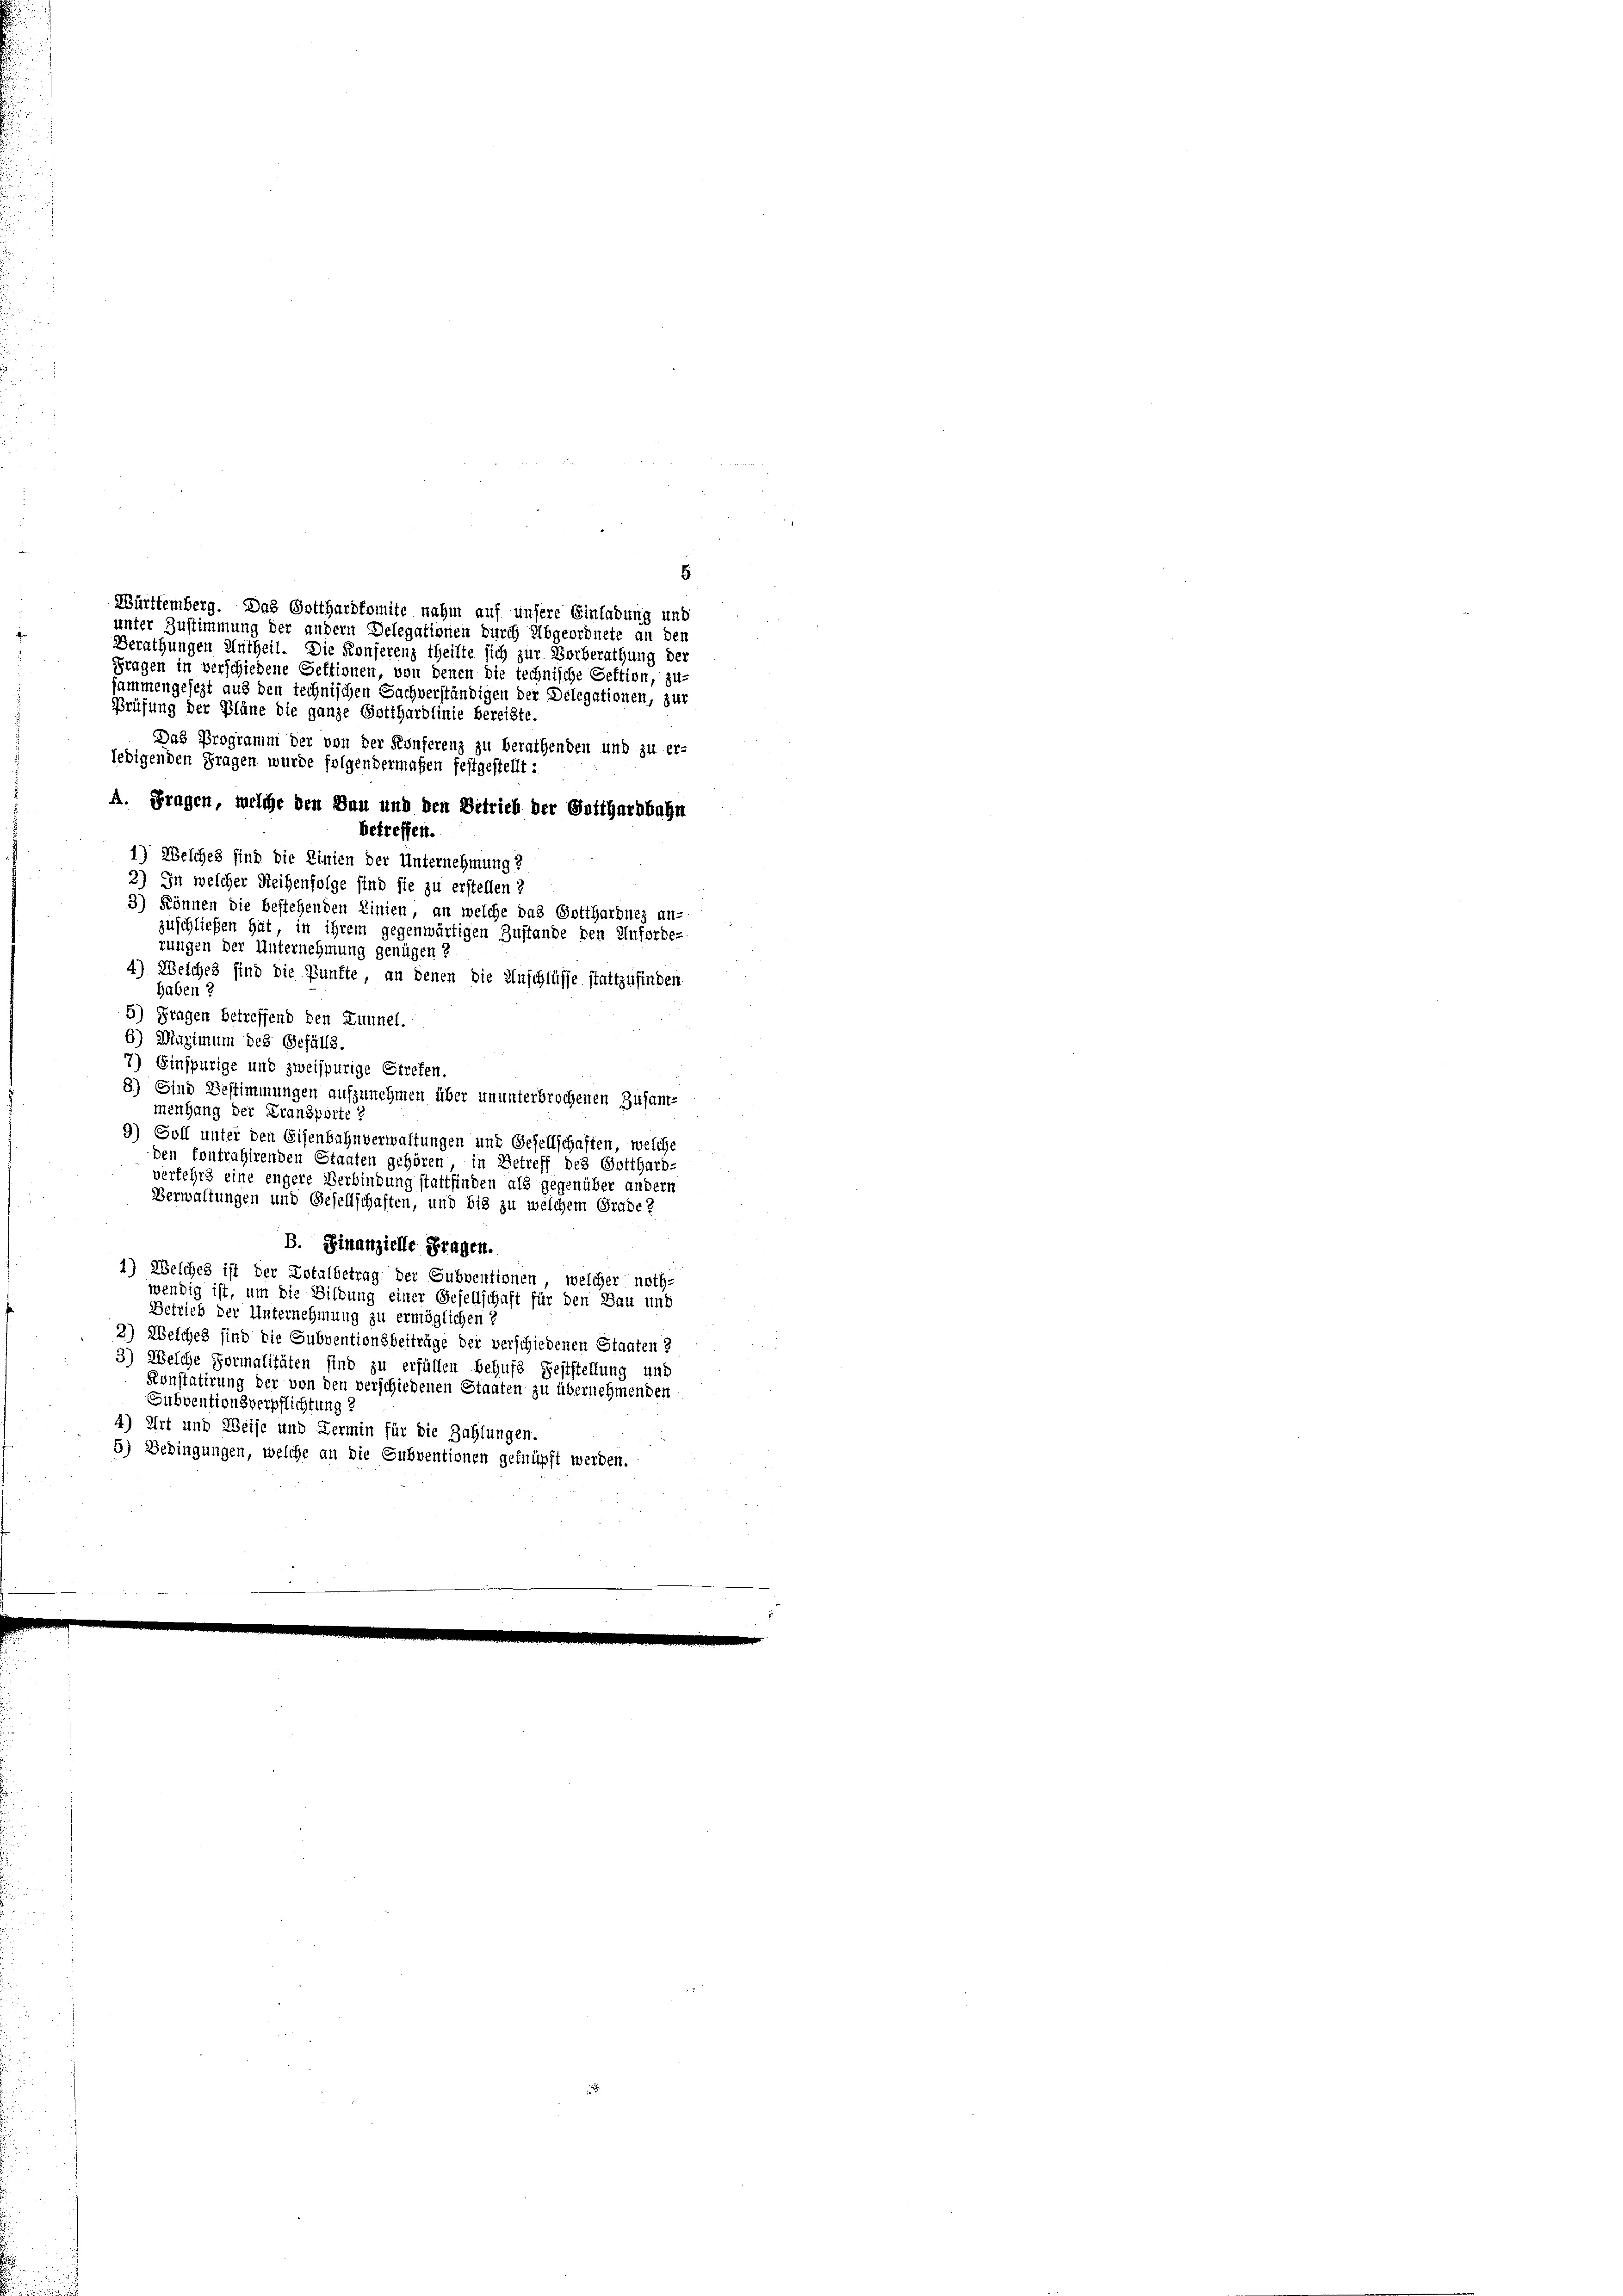
s
Berathungen Antheil. Die Konferenz theilte sich zur Vorberathung der
Fragen in verschiedene Sektionen, von denen die technische Sektion, zu-
sammengesezt aus den technischen Sachverständigen der Delegationen, zur
Prüfung der Pläne die ganze Gotthardlinie bereiste.
Das Programm der von der Konferenz zu berathenden und zu er-
ledigenden Fragen wurde folgendermaßen festgestellt:
A. Fragen, welche den Bau und den Betrieb der Gotthardbahn
betreffen.
3) können die bestehenden Linien, an welche das Gotthardnez an-
zuschließen hat, in ihrem gegenwärtigen Zustande den Anforde-
rungen der Unternehmung genügen ?
4) Welches sind die Künfte, an denen die Anschlüsse stattzufinden
haben 2
5) Fragen betreffend den Lunnel.
6) Maximum des Gefälls.
7) Einspurige und zweispurige Streten.
8) Sind Bestimmungen aufzunehmen über ununterbrochenen Zusam-
menhang der Fransporte?
9) Soll unter den Eisenbahnverwaltungen und Gesellschaften, welche
den fontrahirenden Staaten gehören, in Betreff des Gotthard-
verfehrs eine engere Verbindung stattfinden als gegenüber andern
Verwaltungen und Gesellschaften, und bis zu welchem Grade?
B. Finanzielle Fragen.
1) Welches ist der Totalbetrag der Subventionen, welcher noth-
wendig ist, um die Bildung einer Gesellschaft für den Bau und
Betrieb der Unternehmung zu ermöglichen ?
2) Welches sind die Subventionsbeiträge der verschiedenen Staaten?
3) Welche Formalitäten sind zu erfüllen behufs Feststellung und
Konstatirung der von den verschiedenen Staaten zu übernehmenden
Subventionsverpflichtung?
4) Art und Weise und Termin für die Zahlungen.
5) Bedingungen, welche an die Subventionen geknüpft werden.

Württemberg. Das Gotthardkomite nahm auf unsere Einladung und
unter Zustimmung der andern Delegationen durch Abgeordnete an den

1) Welches sind die Linien der Unternehmung?
2) In welcher Reihenfolge sind sie zu erstellen?